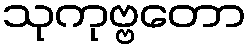
သုကုဗ္ဗတော